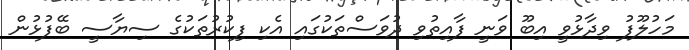
މަހުލޫފު ވިދާޅުވީ އިބޫ ވަނީ ފާއިތުވި ދުވަސްތަކުގައި އެކި ފިކުރުތަކުގެ ސިޔާސީ ބޭފުޅުން